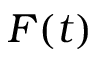
F ( t )